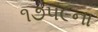
૧૭૫૯ના